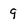
Character: 9